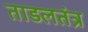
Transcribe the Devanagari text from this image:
ताडलतंत्र